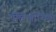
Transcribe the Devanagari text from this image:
पॅलिओथिक